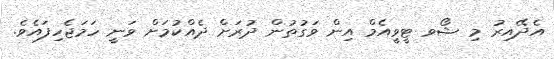
އެދޭއިރު މި ޝޯވ ޓީވީއެމް އިން ވަގުތުން ދުރަށް ދެއްކުމަށް ވަނީ ހަމަޖެހިފައެވެ.